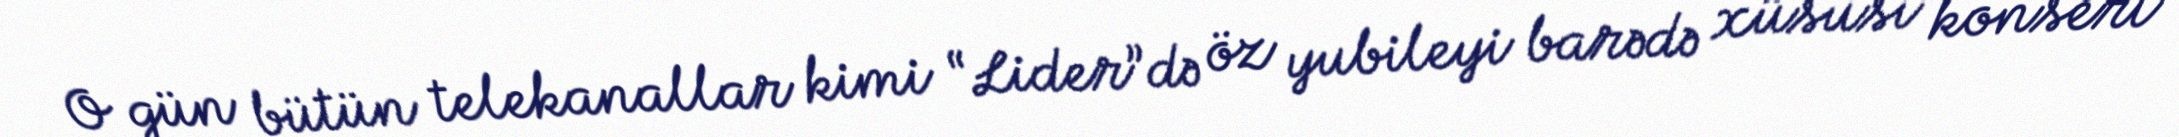
O gün bütün telekanallar kimi “Lider”də öz yubileyi barədə xüsusi konsert